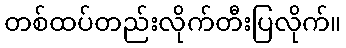
တစ်ထပ်တည်းလိုက်တီးပြလိုက်။